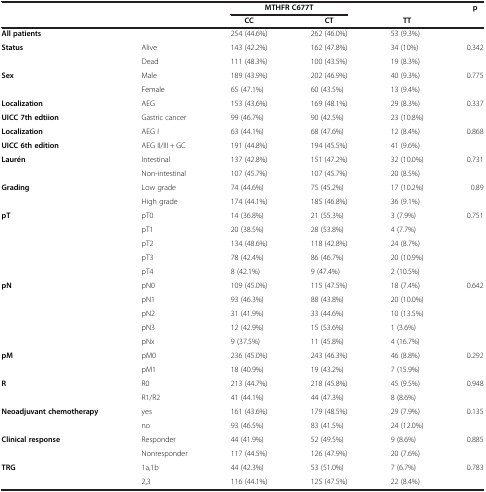
<table><thead><tr><td><b> </b></td><td><b> </b></td><td><b>MTHFR C677T</b></td><td><b> </b></td><td><b> </b></td><td><b>p</b></td></tr><tr><td><b> </b></td><td><b> </b></td><td><b>CC</b></td><td><b>CT</b></td><td><b>TT</b></td><td><b> </b></td></tr></thead><tbody><tr><td><b>All patients</b></td><td> </td><td>254 (44.6%)</td><td>262 (46.0%)</td><td>53 (9.3%)</td><td> </td></tr><tr><td><b>Status</b></td><td>Alive</td><td>143 (42.2%)</td><td>162 (47.8%)</td><td>34 (10%)</td><td>0.342</td></tr><tr><td> </td><td>Dead</td><td>111 (48.3%)</td><td>100 (43.5%)</td><td>19 (8.3%)</td><td> </td></tr><tr><td><b>Sex</b></td><td>Male</td><td>189 (43.9%)</td><td>202 (46.9%)</td><td>40 (9.3%)</td><td>0.775</td></tr><tr><td> </td><td>Female</td><td>65 (47.1%)</td><td>60 (43.5%)</td><td>13 (9.4%)</td><td> </td></tr><tr><td><b>Localization</b></td><td>AEG</td><td>153 (43.6%)</td><td>169 (48.1%)</td><td>29 (8.3%)</td><td>0.337</td></tr><tr><td><b>UICC 7th edtiion</b></td><td>Gastric cancer</td><td>99 (46.7%)</td><td>90 (42.5%)</td><td>23 (10.8%)</td><td> </td></tr><tr><td><b>Localization</b></td><td>AEG I</td><td>63 (44.1%)</td><td>68 (47.6%)</td><td>12 (8.4%)</td><td>0.868</td></tr><tr><td><b>UICC 6th edition</b></td><td>AEG II/III + GC</td><td>191 (44.8%)</td><td>194 (45.5%)</td><td>41 (9.6%)</td><td> </td></tr><tr><td><b>Laurén</b></td><td>Intestinal</td><td>137 (42.8%)</td><td>151 (47.2%)</td><td>32 (10.0%)</td><td>0.731</td></tr><tr><td> </td><td>Non-intestinal</td><td>107 (45.7%)</td><td>107 (45.7%)</td><td>20 (8.5%)</td><td> </td></tr><tr><td><b>Grading</b></td><td>Low grade</td><td>74 (44.6%)</td><td>75 (45.2%)</td><td>17 (10.2%)</td><td>0.89</td></tr><tr><td> </td><td>High grade</td><td>174 (44.1%)</td><td>185 (46.8%)</td><td>36 (9.1%)</td><td> </td></tr><tr><td><b>pT</b></td><td>pT0</td><td>14 (36.8%)</td><td>21 (55.3%)</td><td>3 (7.9%)</td><td>0.751</td></tr><tr><td> </td><td>pT1</td><td>20 (38.5%)</td><td>28 (53.8%)</td><td>4 (7.7%)</td><td> </td></tr><tr><td> </td><td>pT2</td><td>134 (48.6%)</td><td>118 (42.8%)</td><td>24 (8.7%)</td><td> </td></tr><tr><td> </td><td>pT3</td><td>78 (42.4%)</td><td>86 (46.7%)</td><td>20 (10.9%)</td><td> </td></tr><tr><td> </td><td>pT4</td><td>8 (42.1%)</td><td>9 (47.4%)</td><td>2 (10.5%)</td><td> </td></tr><tr><td><b>pN</b></td><td>pN0</td><td>109 (45.0%)</td><td>115 (47.5%)</td><td>18 (7.4%)</td><td>0.642</td></tr><tr><td> </td><td>pN1</td><td>93 (46.3%)</td><td>88 (43.8%)</td><td>20 (10.0%)</td><td> </td></tr><tr><td> </td><td>pN2</td><td>31 (41.9%)</td><td>33 (44.6%)</td><td>10 (13.5%)</td><td> </td></tr><tr><td> </td><td>pN3</td><td>12 (42.9%)</td><td>15 (53.6%)</td><td>1 (3.6%)</td><td> </td></tr><tr><td> </td><td>pNx</td><td>9 (37.5%)</td><td>11 (45.8%)</td><td>4 (16.7%)</td><td> </td></tr><tr><td><b>pM</b></td><td>pM0</td><td>236 (45.0%)</td><td>243 (46.3%)</td><td>46 (8.8%)</td><td>0.292</td></tr><tr><td> </td><td>pM1</td><td>18 (40.9%)</td><td>19 (43.2%)</td><td>7 (15.9%)</td><td> </td></tr><tr><td><b>R</b></td><td>R0</td><td>213 (44.7%)</td><td>218 (45.8%)</td><td>45 (9.5%)</td><td>0.948</td></tr><tr><td> </td><td>R1/R2</td><td>41 (44.1%)</td><td>44 (47.3%)</td><td>8 (8.6%)</td><td> </td></tr><tr><td><b>Neoadjuvant chemotherapy</b></td><td>yes</td><td>161 (43.6%)</td><td>179 (48.5%)</td><td>29 (7.9%)</td><td>0.135</td></tr><tr><td> </td><td>no</td><td>93 (46.5%)</td><td>83 (41.5%)</td><td>24 (12.0%)</td><td> </td></tr><tr><td><b>Clinical response</b></td><td>Responder</td><td>44 (41.9%)</td><td>52 (49.5%)</td><td>9 (8.6%)</td><td>0.885</td></tr><tr><td> </td><td>Nonresponder</td><td>117 (44.5%)</td><td>126 (47.9%)</td><td>20 (7.6%)</td><td> </td></tr><tr><td><b>TRG</b></td><td>1a,1b</td><td>44 (42.3%)</td><td>53 (51.0%)</td><td>7 (6.7%)</td><td>0.783</td></tr><tr><td> </td><td>2,3</td><td>116 (44.1%)</td><td>125 (47.5%)</td><td>22 (8.4%)</td><td> </td></tr></tbody></table>